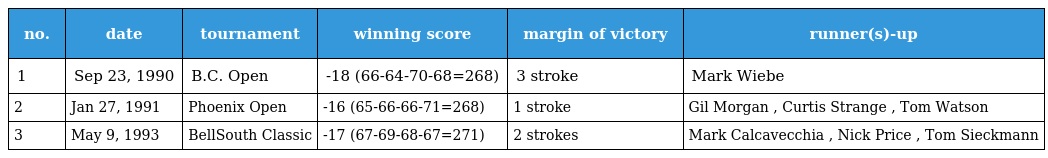
| no. | date | tournament | winning score | margin of victory | runner(s)-up |
 | --- | --- | --- | --- | --- | --- |
 | 1 | Sep 23, 1990 | B.C. Open | -18 (66-64-70-68=268) | 3 stroke | Mark Wiebe |
 | 2 | Jan 27, 1991 | Phoenix Open | -16 (65-66-66-71=268) | 1 stroke | Gil Morgan , Curtis Strange , Tom Watson |
 | 3 | May 9, 1993 | BellSouth Classic | -17 (67-69-68-67=271) | 2 strokes | Mark Calcavecchia , Nick Price , Tom Sieckmann |